Annual report of the Imperial Bacteriologist
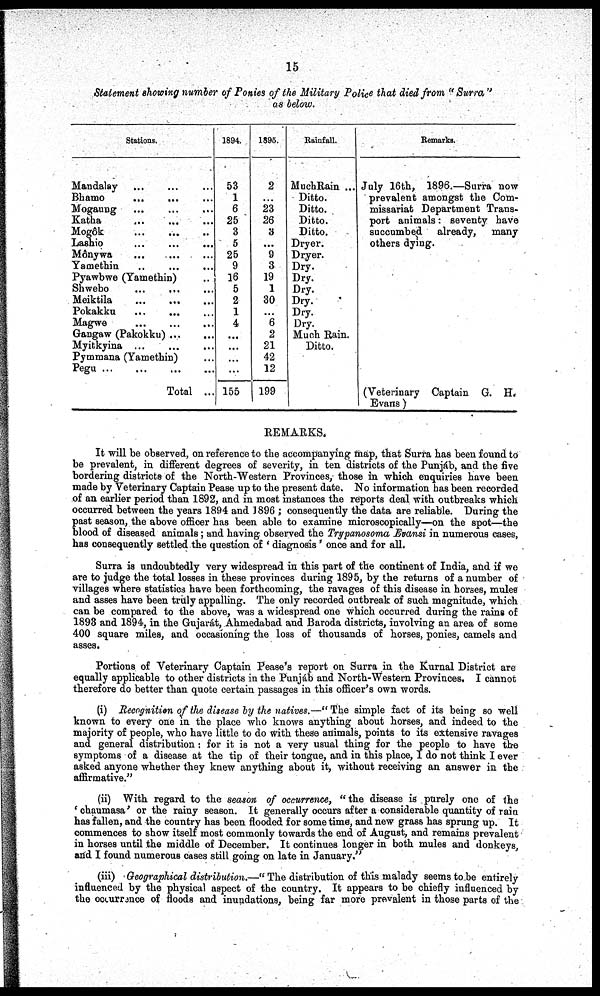
15
Statement showing number of Ponies of the Military Police that died from " Surra"
as below.
Stations.
Mandalay ...
Bhamo
...
...
...
Mogaung
Katha
...
...
Mogôk
Lashio
...
...
...
Mônywa
Yamethin
Pyawbwe (Yamethin)
Shwebo
...
...
...
Meiktila
...
...
Pokakku
Magwe
Gangaw (Pakokku)
Myitkyina
Pymmana (Yamethin)
Pegu
Total ...
1894.
53
1
6
25
3
5
25
9
16
5
2
1
4
...
...
...
...
155
1895.
2
...
23
26
3
...
9
3
19
1
30
...
6
2
21
42
12
199
Rainfall.
MuchRain ...
Ditto.
Ditto.
Ditto.
Ditto.
Dryer.
Dryer.
Dry.
Dry.
Dry.
Dry.
Dry.
Dry.
Much Rain.
Ditto.
Remarks.
July 16th, 1896.—Surra now
prevalent amongst the Com-
missariat Department Trans-
port animals: seventy have
succumbed already, many
others dying.
(Veterinary Captain G. H.
Evans )
REMARKS.
It will be observed, on reference to the accompanying map, that Surra has been found to
be prevalent, in different degrees of severity, in ten districts of the Punjáb, and the five
bordering districts of the North-Western Provinces, those in which enquiries have been
made by Veterinary Captain Pease up to the present date. No information has been recorded
of an earlier period than 1892, and in most instances the reports deal with outbreaks which
occurred between the years 1894 and 1896 ; consequently the data are reliable. During the
past season, the above officer has been able to examine microscopically—on the spot—the
blood of diseased animals; and having observed the Trypanosoma Evansi in numerous cases,
has consequently settled the question of ' diagnosis' once and for all.
Surra is undoubtedly very widespread in this part of the continent of India, and if we
are to judge the total losses in these provinces during 1895, by the returns of a number of
villages where statistics have been forthcoming, the ravages of this disease in horses, mules
and asses have been truly appalling. The only recorded outbreak of such magnitude, which
can be compared to the above, was a widespread one which occurred during the rains of
1893 and 1894, in the Gujarát, Ahmedabad and Baroda districts, involving an area of some
400 square miles, and occasioning the loss of thousands of horses, ponies, camels and
asses.
Portions of Veterinary Captain Pease's report on Surra in the Kurnal District are
equally applicable to other districts in the Punjáb and North-Western Provinces, I cannot
therefore do better than quote certain passages in this officer's own words.
(i) Recognition of the disease by the natives.—" The simple fact of its being so well
known to every one in the place who knows anything about horses, and indeed to the
majority of people, who have little to do with these animals, points to its extensive ravages
and general distribution: for it is not a very usual thing for the people to have the
symptoms of a disease at the tip of their tongue, and in this place, I do not think I ever
asked anyone whether they knew anything about it, without receiving an answer in the
affirmative."
(ii) With regard to the season of occurrence, "the disease is purely one of the
' chaumasa' or the rainy season. It generally occurs after a considerable quantity of rain
has fallen, and the country has been flooded for some time, and new grass has sprung up. It
commences to show itself most commonly towards the end of August, and remains prevalent
in horses until the middle of December. It continues longer in both mules and donkeys,
and I found numerous cases still going on late in January."
(iii) Geographical distribution.—" The distribution of this malady seems to be entirely
influenced by the physical aspect of the country. It appears to be chiefly influenced by
the occurrence of floods and inundations, being far more prevalent in those parts of the